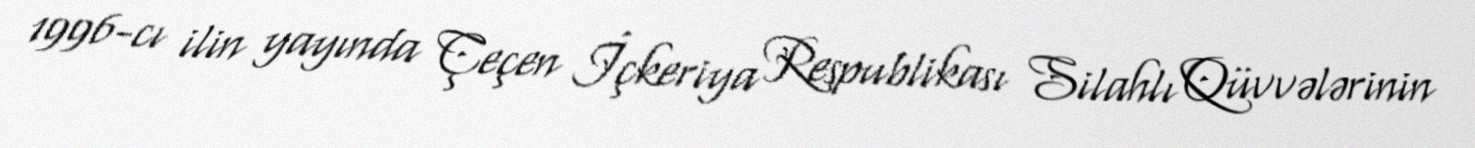
1996-cı ilin yayında Çeçen İçkeriya Respublikası Silahlı Qüvvələrinin